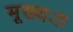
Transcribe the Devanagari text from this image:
मूख्यःत